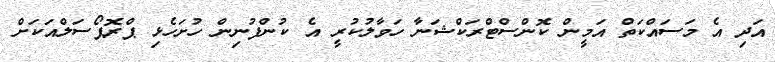
އަދި އެ މަސައްކަތް އަމީން ކޮންސްޓްރަކްޝަނާ ހަވާލުކުރީ އެ ކުންފުނިން ހުށަހެޅި ޕްރޮޕޯސަލްއަކަށް